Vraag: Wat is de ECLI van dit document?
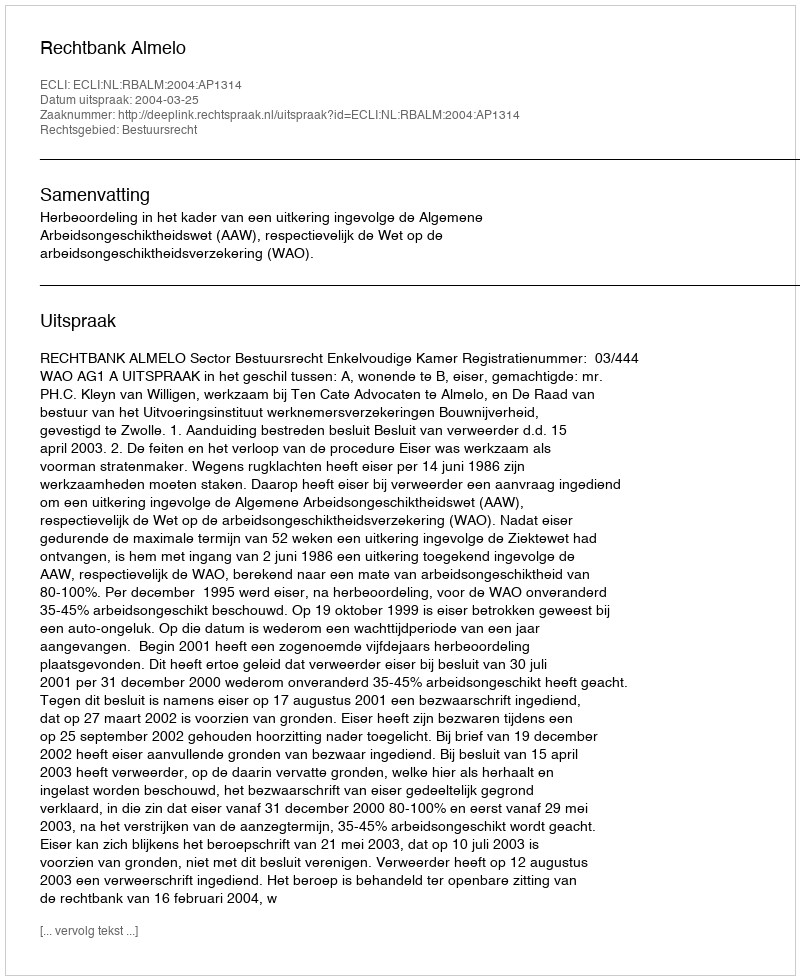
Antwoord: ECLI:NL:RBALM:2004:AP1314